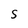
Character: S